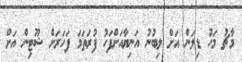
މާޗު މަހު ޑިލަން އަށް ލިބުނު އަނިޔާއަށްފަހު ފުރަތަމަ ފަހަރަށް ޝޫޓިން އަށް